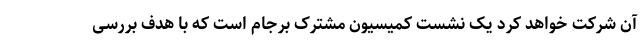
آن شرکت خواهد کرد یک نشست کمیسیون مشترک برجام است که با هدف بررسی